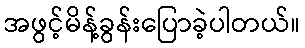
အဖွင့်မိန့်ခွန်းပြောခဲ့ပါတယ်။